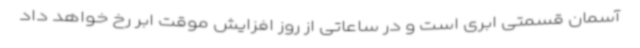
آسمان قسمتی ابری است و در ساعاتی از روز افزایش موقت ابر رخ خواهد داد